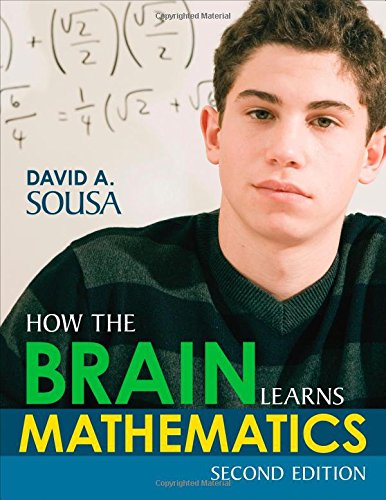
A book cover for How the Brain Learns Mathematics; David A. (Anthony) Sousa; Science & Math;